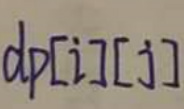
$dp[i][j]$